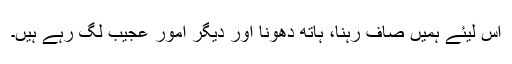
اس لیئے ہمیں صاف رہنا، ہاتھ دھونا اور دیگر امور عجیب لگ رہے ہیں۔